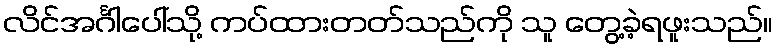
လိင်အင်္ဂါပေါ်သို့ ကပ်ထားတတ်သည်ကို သူ တွေ့ခဲ့ရဖူးသည်။